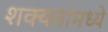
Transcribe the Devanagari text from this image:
शक्यतांमध्ये